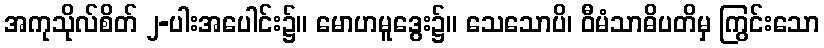
အကုသိုလ်စိတ် ၂-ပါးအပေါင်း၌။ မောဟမူဒွေး၌။ သေသောပိ၊ ဝီမံသာဓိပတိမှ ကြွင်းသော